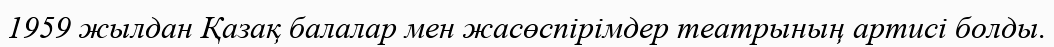
1959 жылдан Қазақ балалар мен жасөспірімдер театрының артисі болды.